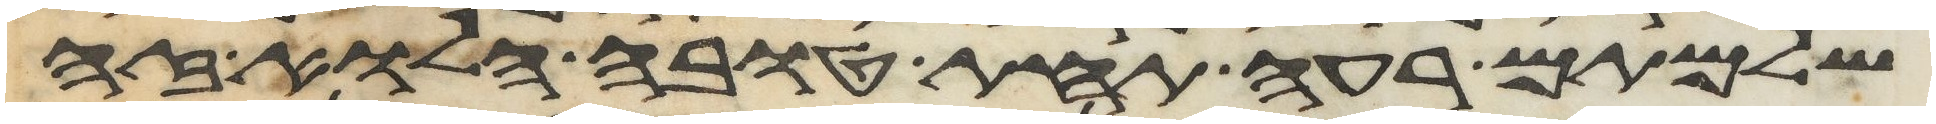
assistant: שלמתם רעה תחת טובה הלוא זה